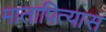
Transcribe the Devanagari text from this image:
मातापित्यास